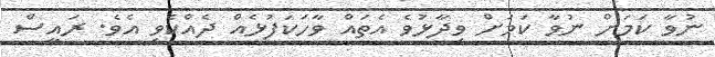
ނުވާ ކަމަށް ނުވާ ކަމަށް ވިދާޅުވެ އެތައް ވާހަކަފުޅެއް ދެއްކެވި އެވެ. ރައީސް